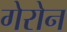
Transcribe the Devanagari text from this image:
गेरोन